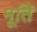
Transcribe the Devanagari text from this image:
मूतिॅ